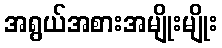
အရွယ်အစားအမျိုးမျိုး